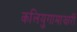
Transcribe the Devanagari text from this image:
कलियुगामाझारी